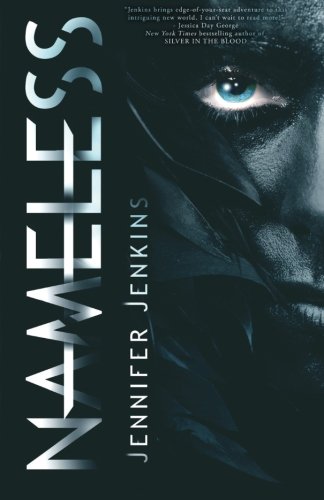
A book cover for Nameless; Jennifer Jenkins; Teen & Young Adult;